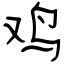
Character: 鸡